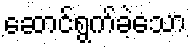
ဆောင်ရွက်ခဲ့သော